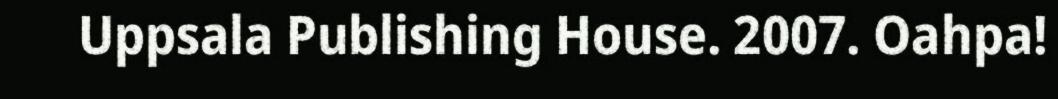
Uppsala Publishing House. 2007. Oahpa!